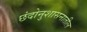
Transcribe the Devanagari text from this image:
छंदोनुशासनातील